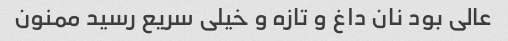
عالی بود نان داغ و تازه و خیلی سریع رسید ممنون